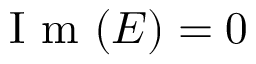
\mathrm { ~ I ~ m ~ } ( E ) = 0